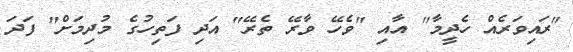
"ރައިވަރެއް ހެދީމާ" އާއި "ވެހޭ ވާރޭ ތެރޭ" އަދި ފަތިހުގެ މުދިމަށް" ފަދަ